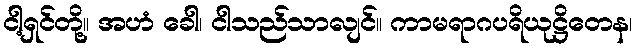
ငါ့ရှင်တို့။ အဟံ ခေါ၊ ငါသည်သာလျင်။ ကာမရာဂပရိယုဋ္ဌိတေန၊